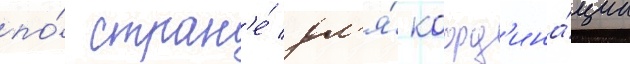
по́ стран'е́ дл'я́ коорд'ина́ции